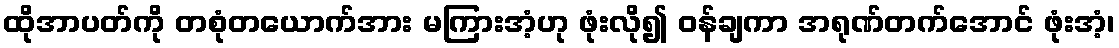
ထိုအာပတ်ကို တစုံတယောက်အား မကြားအံ့ဟု ဖုံးလို၍ ဝန်ချကာ အရုဏ်တက်အောင် ဖုံးအံ့၊